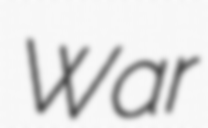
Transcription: War